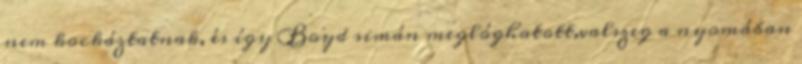
nem kockáztatnak, és így Boyd simán meglóghatott,valszeg a nyomában